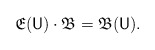
\begin{align*}\mathfrak E(\mathsf U) \cdot \mathfrak B = \mathfrak B(\mathsf U).\end{align*}